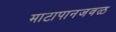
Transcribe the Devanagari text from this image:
माटापानजवळ